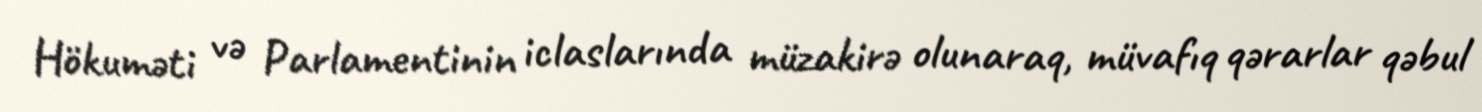
Hökuməti və Parlamentinin iclaslarında müzakirə olunaraq, müvafıq qərarlar qəbul